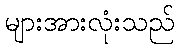
များအားလုံးသည်